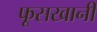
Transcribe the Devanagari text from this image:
फूसखानी